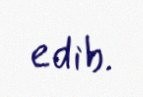
edib.